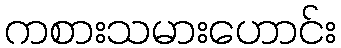
ကစားသမားဟောင်း